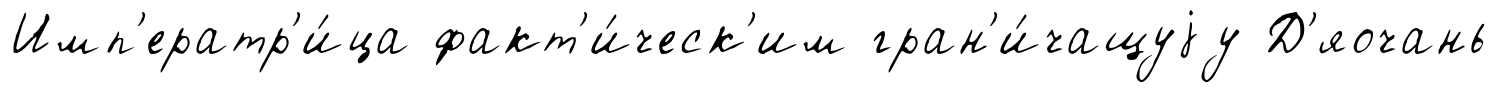
Имп'ератр'и́ца факт'и́ческ'им гран'и́чащуjу Д'яочань